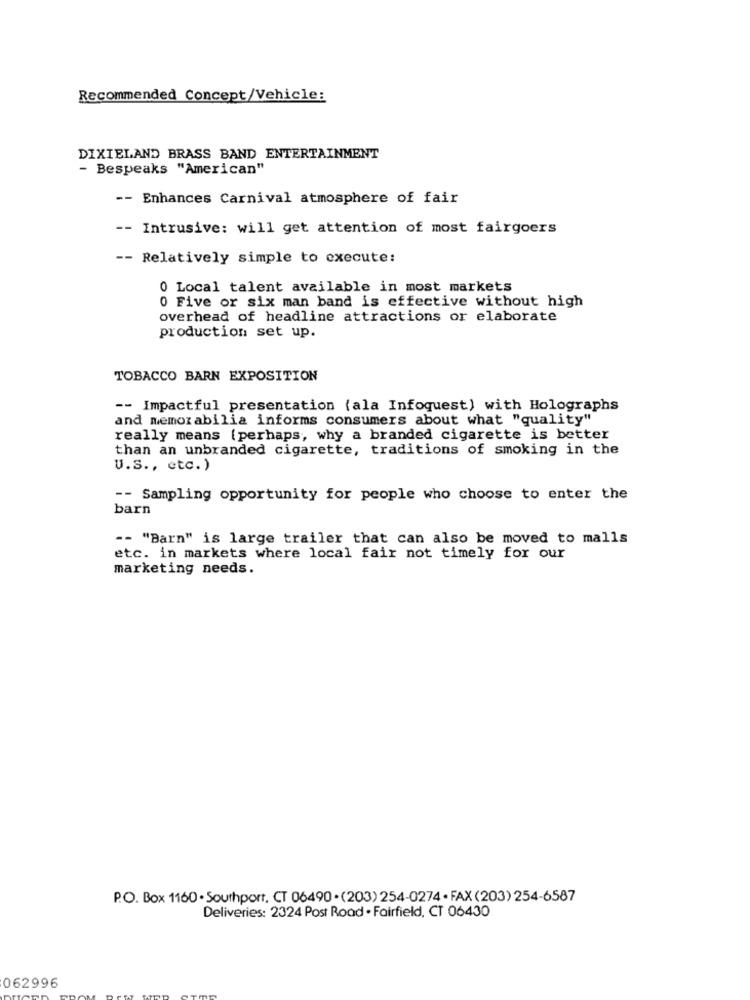
Recommended Concept/Vehicle:
DIXIELAND BRASS BAND ENTERTAINMENT
- Bespeaks "American"
-- Enhances Carnival atmosphere of fair
-- Intrusive: will get attention of most fairgoers
-- Relatively simple to execute:
0 Local talent available in most markets
0 Five or six man band is effective without high
overhead of headline attractions or elaborate
production set up.
TOBACCO BARN EXPOSITION
-- Impactful presentation (ala Infoquest) with Holographs
and memorabilia informs consumers about what "quality"
really means (perhaps, why a branded cigarette is better
than an unbranded cigarette, traditions of smoking in the
U.S ., etc. )
-- Sampling opportunity for people who choose to enter the
barn
-- "Barn" is large trailer that can also be moved to malls
etc. in markets where local fair not timely for our
marketing needs.
P.O. Box 1160 . Southport, CT 06490 . (203) 254-0274 · FAX (203) 254-6587
Deliveries: 2324 Post Road . Fairfield, CT 06430
062996